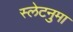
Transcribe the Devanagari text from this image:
स्लेटनुमा